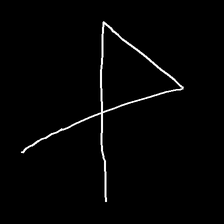
Glyph: collection